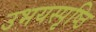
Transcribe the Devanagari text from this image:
उभयस्पृष्ठि